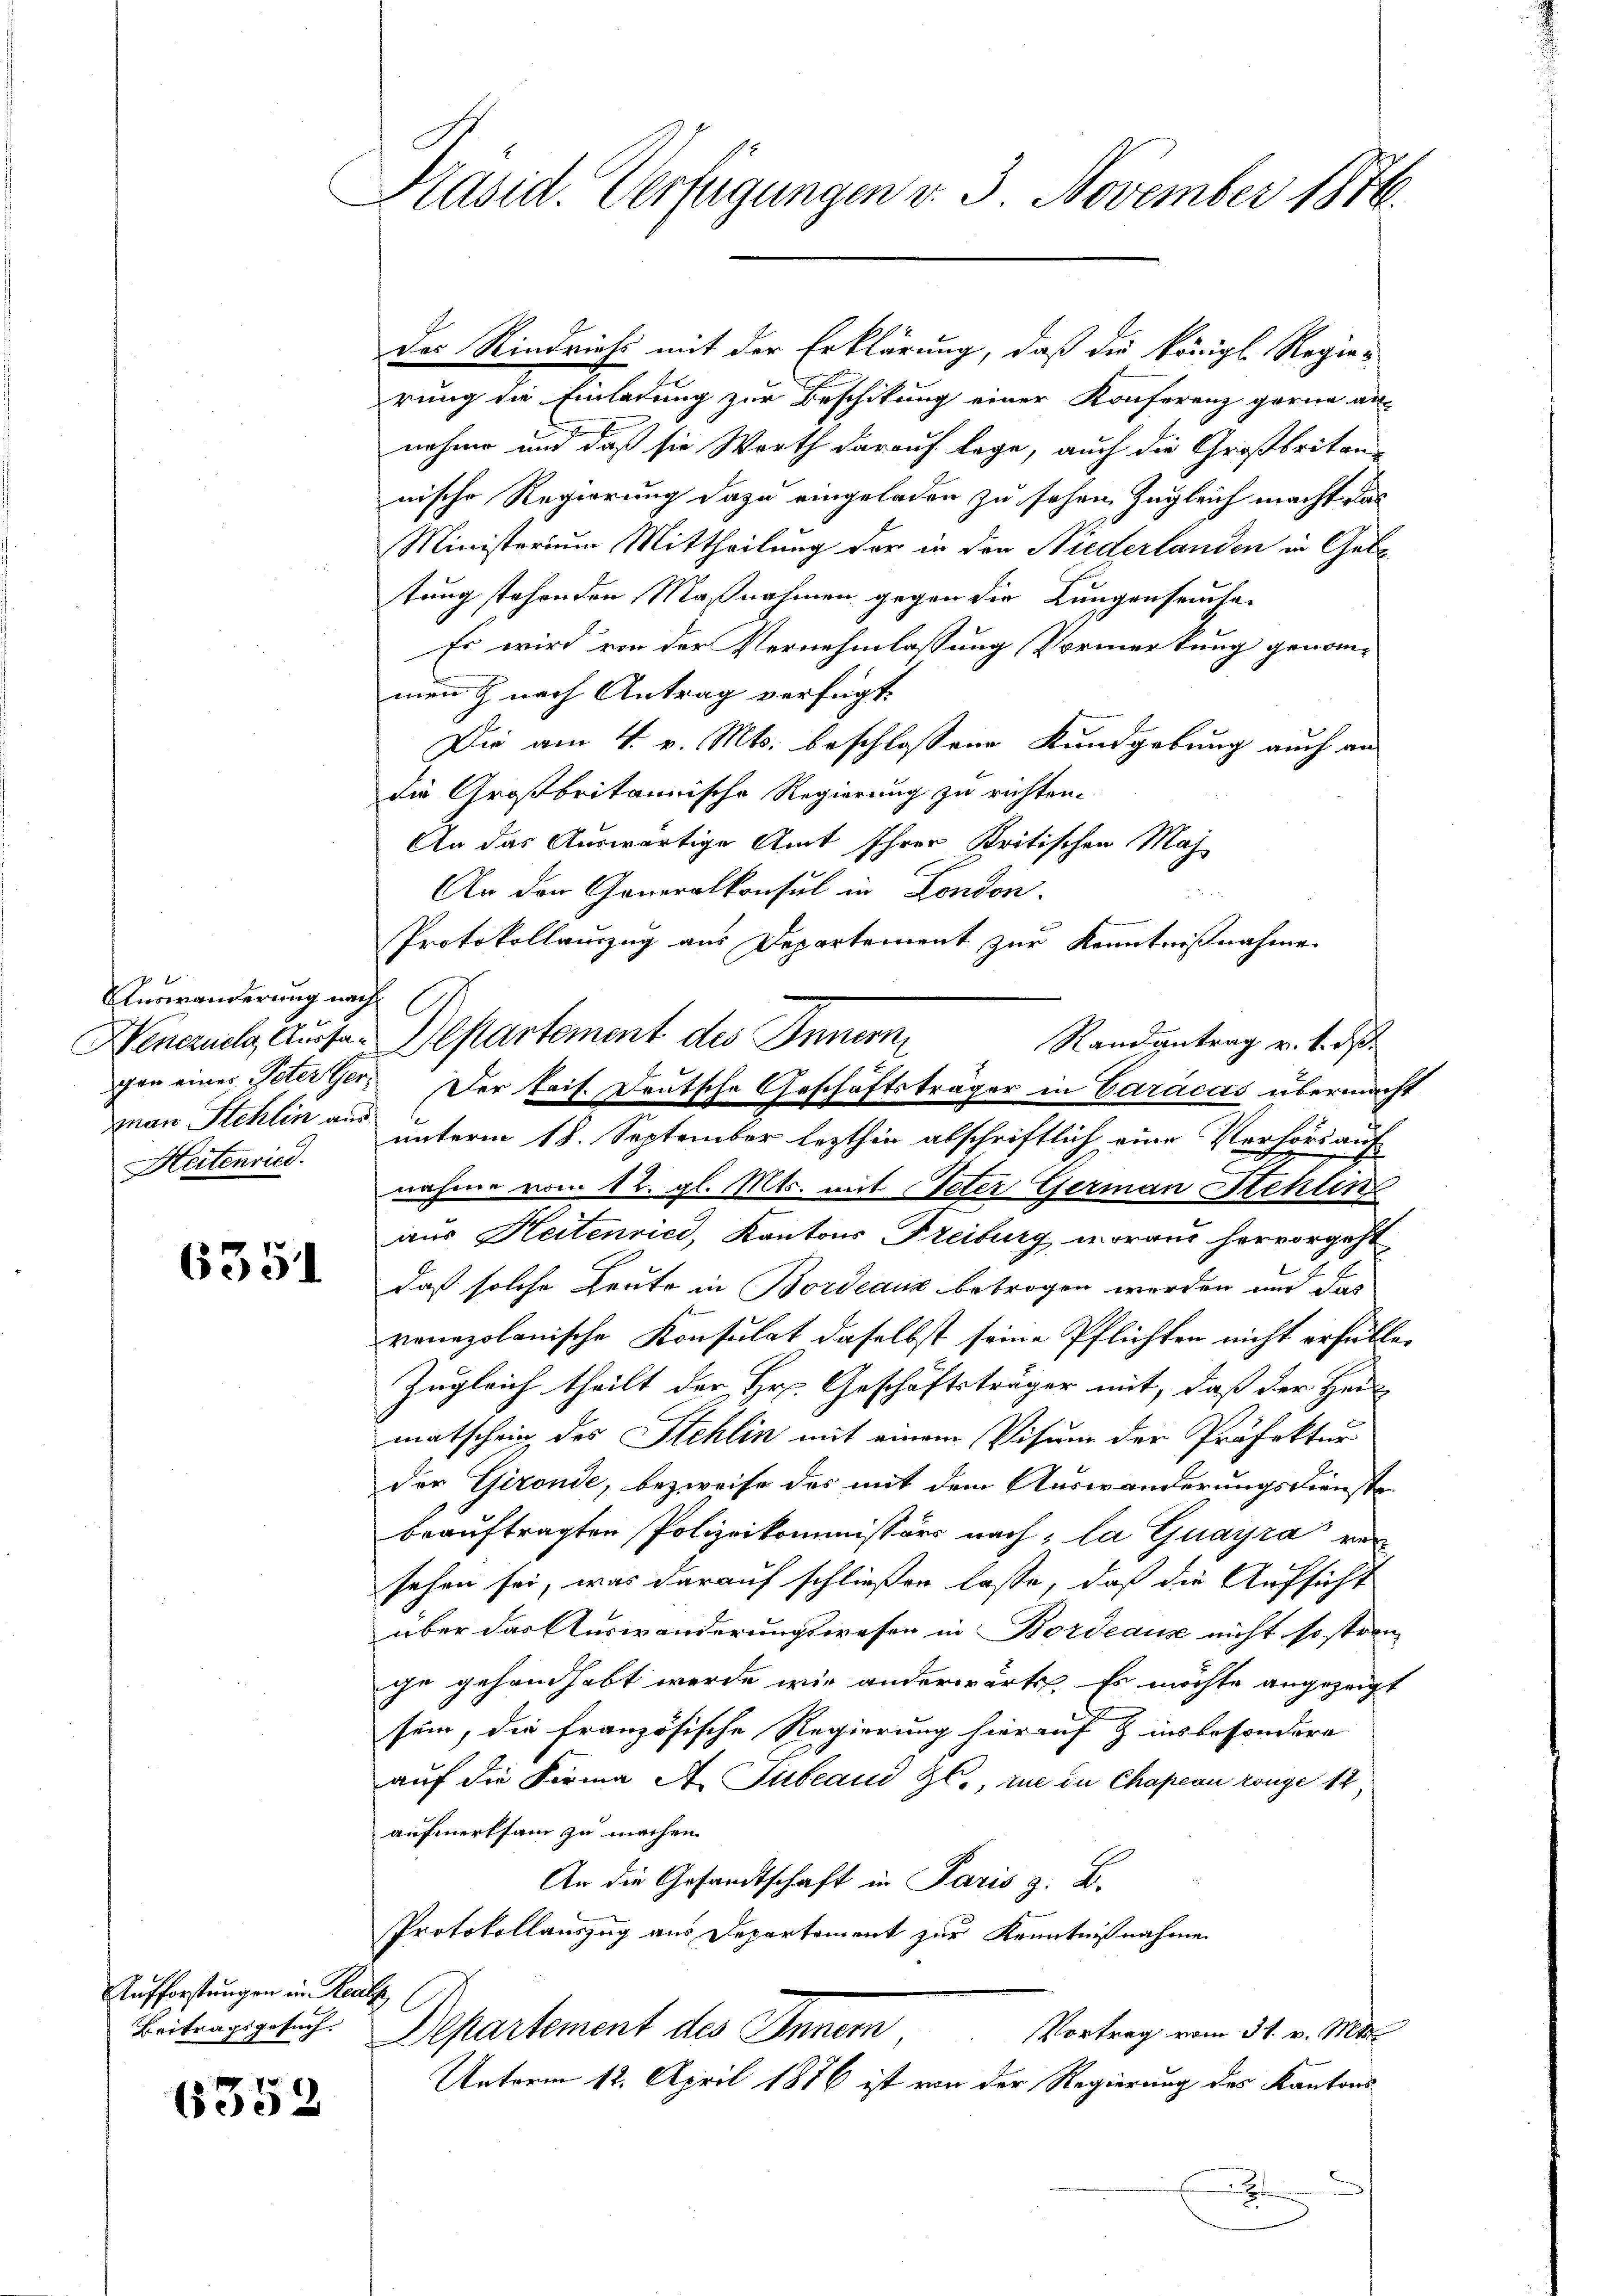
Auswanderung nach
Henezuela, Aussaman Stehlin aus
Heitenried.

6351

Aufforstungen im Kauts

6352

Präsid. Verfügungen v. 3. November 1816.

Das Rindviehs mit der Erklärung, daß die königl. Regierung die Einladung zur Beschikung einer Konferenz gerne an-
nehme und daß sie Worth darauf lege, auch die Großbritan-
nische Regierung dazu eingeladen zu sehen, zugleich macht das
Ministerium Mittheilung der in den Niederlanden in Geb
tung stehenden Maßnahmen gegen die Lungenseuchen
Es wird von der Vernehmlassung Vormerkung genom-
men & nach Antrag verfügt:
Die am 4. v. Mts. beschlossene Kundgebung auch an
die Großbritannische Regierung zu richten.
An das Auswärtige Amt Ihrer Kritischen Maj
An der Generalkonsul in London.

Protokollauszug aus Departement zur Kenntnißnahme
Departement des Innern
Randantrag v. 1. d.
unterm 18. September lezthin abschriftlich eine Verhört auf
nahme vom 12. gl. Mts. mit Peter German Stehlen
aus Heitenried, Kantons Freiburg, woraus hervorgeht
daß solche Leute in Bordeaux betrogen werden und das
venepolonische Konsulat daselbst seine Pflichten nicht erfülle.
Zugleich theilt der Hr. Geschäftsträger mit, daß der Her
matschein des Stehlin mit einem Visum der Präfektur
der Gironde, bezweife des mit dem Auswanderungsdienste
beauftragten Polizeikommissärs nach, la Guayra versehen sei, was darauf schließen lasse, daß die Aufsicht
über das Auswanderungswesen in Bordeaus nicht so stren- |
che gehandhabt werde, wie anderwärts. Es möchte angezeigt
sein, die französische Regierung hierauf  insbesondere
auf die Firma A. Tubland Zl., zue die Chapern range 12
aufmerksam zu machen.
An die Gesandtschaft in Paris z. B.
Protokollauszug aus Departement zur Kenntnißnahme
Beitragsgebuch. Departement des Innern
Vortrag vom 31. v. Mts.
Unterm 12. April 1876 ist von der Regierung des Kantons

gon eines Peter Ger. Der Eris. Deutsche Geschäftsträger in Caracas übermacht